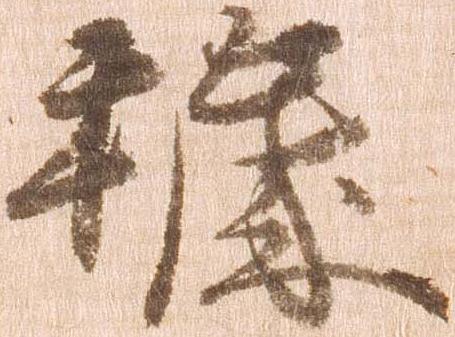
穢